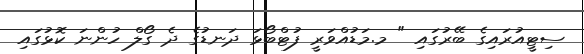
ސިޓީއުރައިގެ ބޭރުގައި " މ.މަޑުއްވަރީ ފުޓްބޯޅަ ދަނޑުގެ ދެ ގޯލް ހުންނަ ކޮޅުގައި